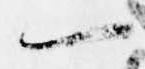
一